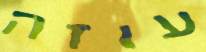
עוזה